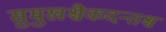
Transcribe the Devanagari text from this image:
सुमुखश्चैकदन्तश्च